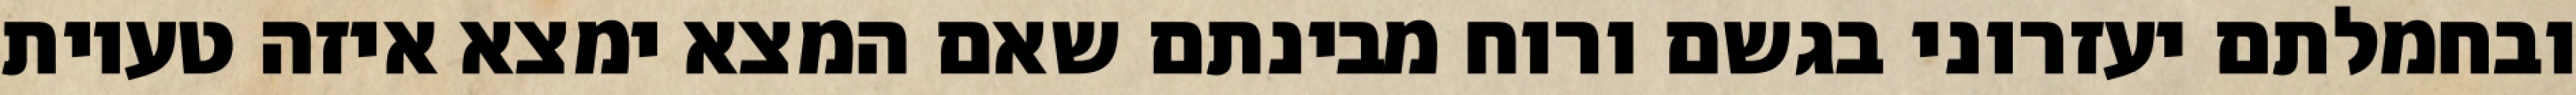
ובחמלתם יעזרוני בגשם ורוח מבינתם שאם המצא ימצא איזה טעיות